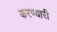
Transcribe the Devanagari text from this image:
करण्यारी